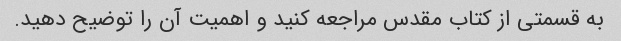
به قسمتی از کتاب مقدس مراجعه کنید و اهمیت آن را توضیح دهید.